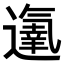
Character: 𨗵